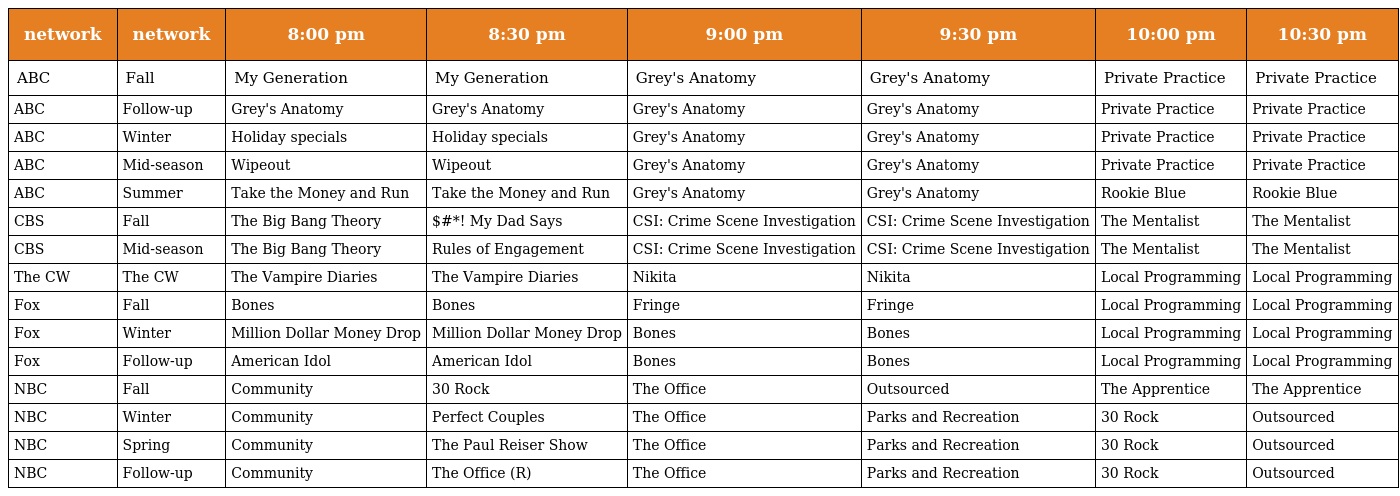
| network | network | 8:00 pm | 8:30 pm | 9:00 pm | 9:30 pm | 10:00 pm | 10:30 pm |
 | --- | --- | --- | --- | --- | --- | --- | --- |
 | ABC | Fall | My Generation | My Generation | Grey's Anatomy | Grey's Anatomy | Private Practice | Private Practice |
 | ABC | Follow-up | Grey's Anatomy | Grey's Anatomy | Grey's Anatomy | Grey's Anatomy | Private Practice | Private Practice |
 | ABC | Winter | Holiday specials | Holiday specials | Grey's Anatomy | Grey's Anatomy | Private Practice | Private Practice |
 | ABC | Mid-season | Wipeout | Wipeout | Grey's Anatomy | Grey's Anatomy | Private Practice | Private Practice |
 | ABC | Summer | Take the Money and Run | Take the Money and Run | Grey's Anatomy | Grey's Anatomy | Rookie Blue | Rookie Blue |
 | CBS | Fall | The Big Bang Theory | $#*! My Dad Says | CSI: Crime Scene Investigation | CSI: Crime Scene Investigation | The Mentalist | The Mentalist |
 | CBS | Mid-season | The Big Bang Theory | Rules of Engagement | CSI: Crime Scene Investigation | CSI: Crime Scene Investigation | The Mentalist | The Mentalist |
 | The CW | The CW | The Vampire Diaries | The Vampire Diaries | Nikita | Nikita | Local Programming | Local Programming |
 | Fox | Fall | Bones | Bones | Fringe | Fringe | Local Programming | Local Programming |
 | Fox | Winter | Million Dollar Money Drop | Million Dollar Money Drop | Bones | Bones | Local Programming | Local Programming |
 | Fox | Follow-up | American Idol | American Idol | Bones | Bones | Local Programming | Local Programming |
 | NBC | Fall | Community | 30 Rock | The Office | Outsourced | The Apprentice | The Apprentice |
 | NBC | Winter | Community | Perfect Couples | The Office | Parks and Recreation | 30 Rock | Outsourced |
 | NBC | Spring | Community | The Paul Reiser Show | The Office | Parks and Recreation | 30 Rock | Outsourced |
 | NBC | Follow-up | Community | The Office (R) | The Office | Parks and Recreation | 30 Rock | Outsourced |